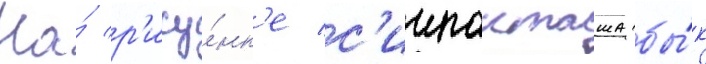
На́ р'ису́нк'е с'иипанташа бы́к